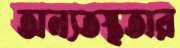
অন্যতস্থতার